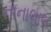
નાનાલાલ